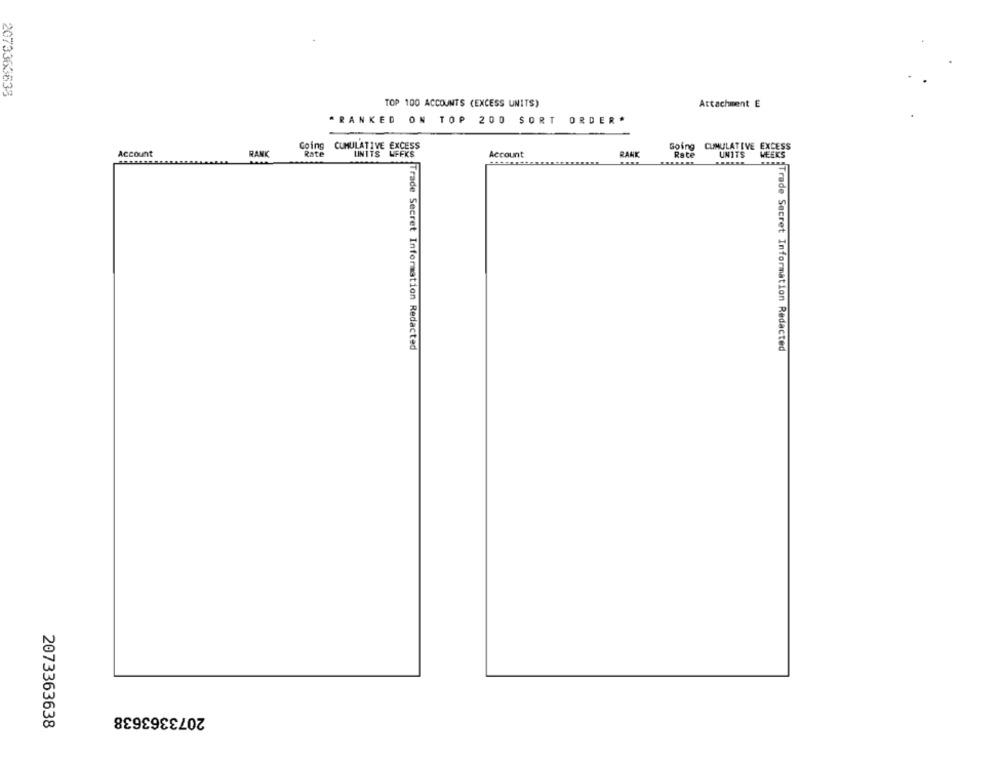
2073363633
TOP 100 ACCOUNTS (EXCESS UNITS)
Attachment E
* RANKED ON TOP 200 SORT ORDER*
Going
CUMULATIVE EXCESS
Going CUMULATIVE EXCESS
Account
RAN
Rate
UNITS WFFKS
Account
RANK
WEEKS
Rate
UNITS
a Trade Secret Information Redacted
Trade Secret Information Redacted
2073363638
2073363638